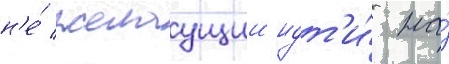
н'е́ желаущии идт'и́ на́